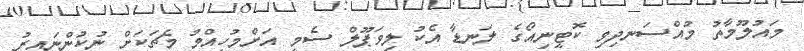
މައުލޫމާތު މުއްސަނދިވި ކޮޓީނިއޯގެ ލަނޑާ އެކު ލިވަޕޫލް ސެމީ އަށްމުހިއްމު މެޗަކަށް ނުކުންނައިރު